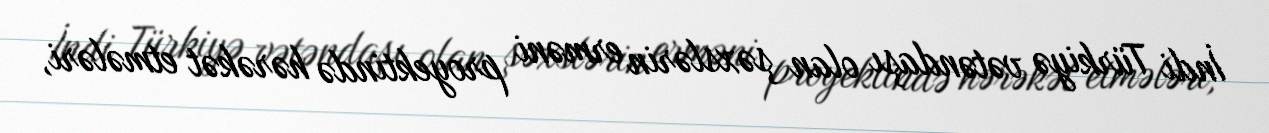
İndi Türkiyə vətəndaşı olan şəxslərin erməni proyektində hərəkət etmələri,